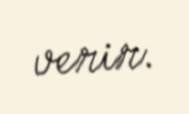
verir.